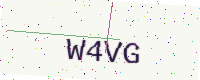
Text: W4VG